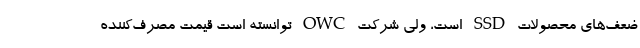
ضعف‌های محصولات SSD است، ولی شرکت OWC توانسته است قیمت مصرف‌کننده